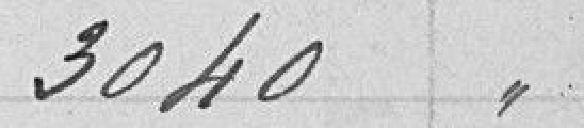
3040